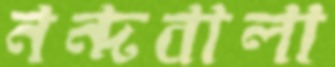
নন্দবালা